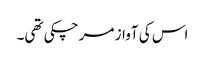
اس کی آواز مر چکی تھی۔